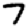
Digit: 7